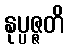
နုပ္ပဇ္ဇတိ